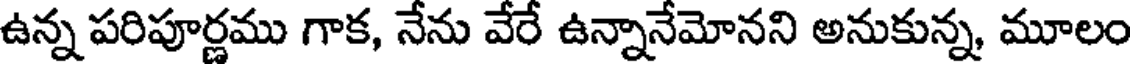
ఉన్న పరిపూర్ణము గాక, నేను వేరే ఉన్నానేమోనని అనుకున్న, మూలం